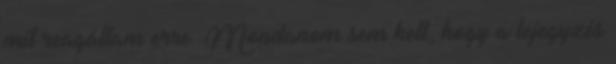
mit reagáltam erre. Mondanom sem kell, hogy a lejegyzés